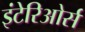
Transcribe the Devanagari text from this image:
इंटेरिओर्स